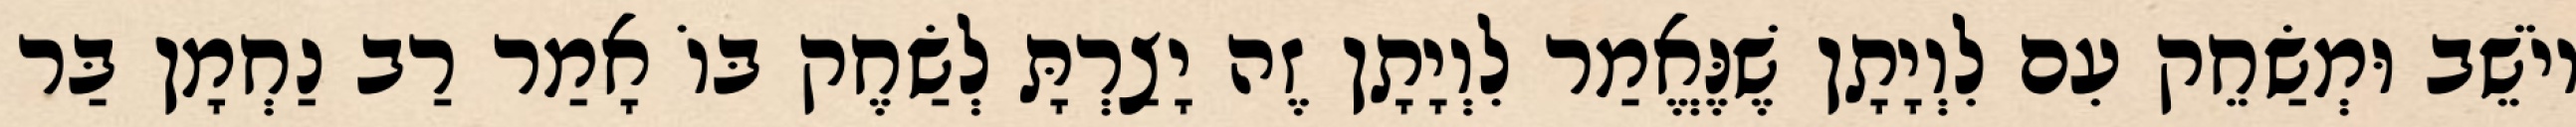
יוֹשֵׁב וּמְשַׂחֵק עִם לִוְיָתָן שֶׁנֶּאֱמַר לִוְיָתָן זֶה יָצַרְתָּ לְשַׂחֶק בּוֹ אָמַר רַב נַחְמָן בַּר